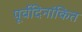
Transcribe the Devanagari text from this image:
पूर्वदिनांकित